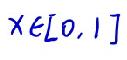
$x\in[0,1]$